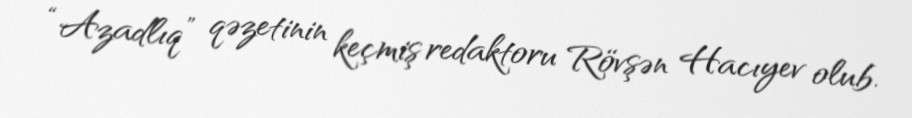
“Azadlıq” qəzetinin keçmiş redaktoru Rövşən Hacıyev olub.